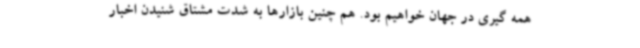
همه گیری در جهان خواهیم بود. هم چنین بازارها به شدت مشتاق شنیدن اخبار